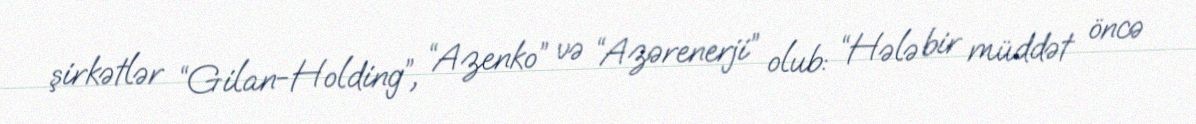
şirkətlər “Gilan-Holding”, “Azenko” və “Azərenerji” olub: “Hələ bir müddət öncə